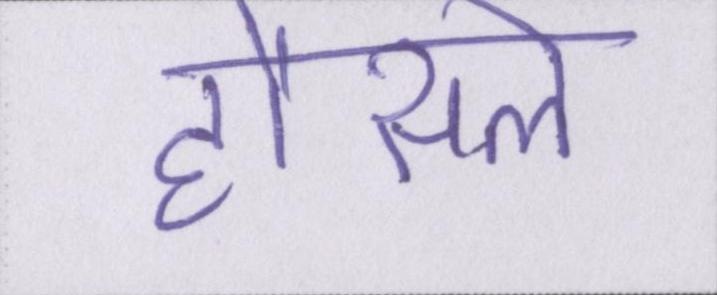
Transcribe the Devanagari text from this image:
हौसले